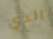
الذي